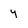
Character: y